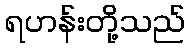
ရဟန်းတို့သည်